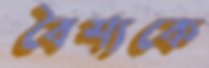
বৈশ্যকে